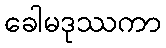
ခေါမဒုဿကာ